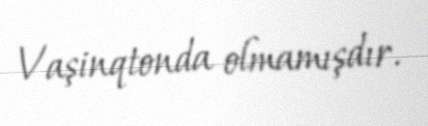
Vaşinqtonda olmamışdır.